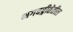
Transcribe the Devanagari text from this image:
भगवद्गीतेतील